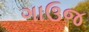
ગાઉજ